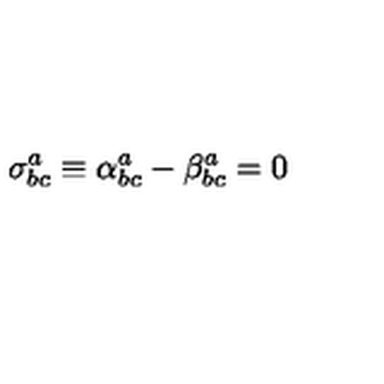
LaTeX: \sigma _ { b c } ^ { a } \equiv \alpha _ { b c } ^ { a } - \beta _ { b c } ^ { a } = 0